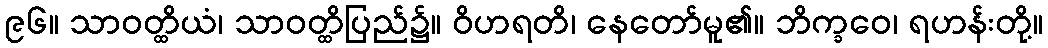
၉၆။ သာဝတ္ထိယံ၊ သာဝတ္ထိပြည်၌။ ဝိဟရတိ၊ နေတော်မူ၏။ ဘိက္ခဝေ၊ ရဟန်းတို့။